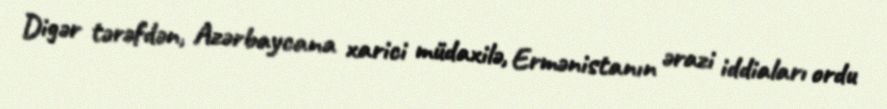
Digər tərəfdən, Azərbaycana xarici müdaxilə, Ermənistanın ərazi iddiaları ordu